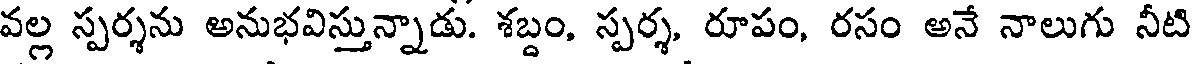
వల్ల స్పర్శను అనుభవిస్తున్నాడు. శబ్దం, స్పర్శ, రూపం, రసం అనే నాలుగు నీటి